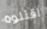
اقتلوه